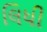
લિધી